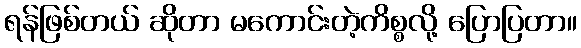
ရန်ဖြစ်တယ် ဆိုတာ မကောင်းတဲ့ကိစ္စလို့ ပြောပြတာ။